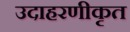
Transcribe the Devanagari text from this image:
उदाहरणीकृत